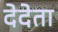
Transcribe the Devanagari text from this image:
देदेता